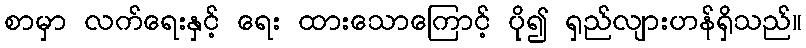
စာမှာ လက်ရေးနှင့် ရေး ထားသောကြောင့် ပို၍ ရှည်လျားဟန်ရှိသည်။